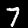
Digit: 7